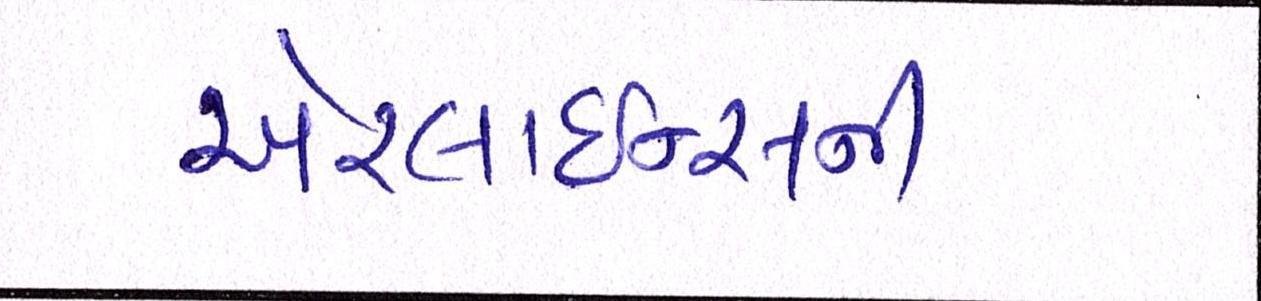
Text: એરલાઇન્સની